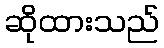
ဆိုထားသည်